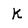
Character: k